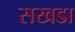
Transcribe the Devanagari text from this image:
सखडा